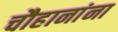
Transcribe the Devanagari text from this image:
चौहानांना